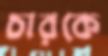
চারকে